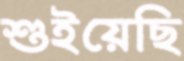
শুইয়েছি